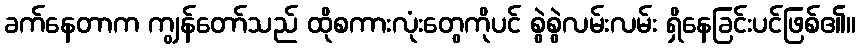
ခက်နေတာက ကျွန်တော်သည် ထိုစကားလုံးတွေကိုပင် စွဲစွဲလမ်းလမ်း ရှိနေခြင်းပင်ဖြစ်၏။